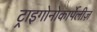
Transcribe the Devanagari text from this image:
ट्राइगोनोकार्पेलीज़